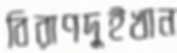
বিরাণদুইখান